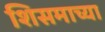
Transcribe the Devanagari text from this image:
शिसमाच्या